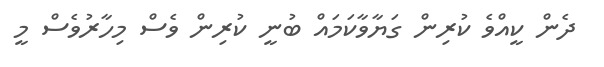
ދެން ކީއްވެ ކުރިން ގަޔާވާކަމައް ބުނީ ކުރިން ވެސް މިހާރުވެސް މީ